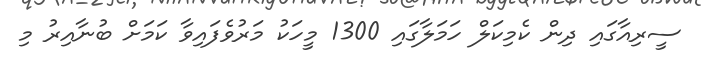
ސީރިއާގައި ދިން ކެމިކަލް ހަމަލާގައި 1300 މީހަކު މަރުވެފައިވާ ކަމަށް ބުނާއިރު މި